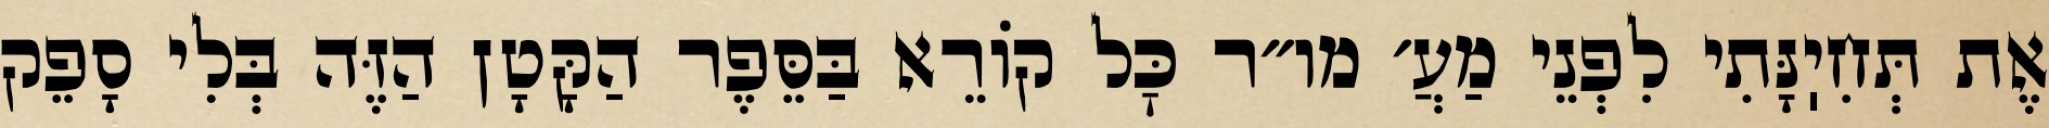
אֶת תְּחִיֽנָּתִי לִפְנֵי מַעֲ׳ מו״ר כׇּל קוֹרֵא בַּסֵּפֶר הַקָּטָן הַזֶּה בְּלִי סָפֵק